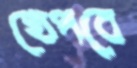
খেপবে